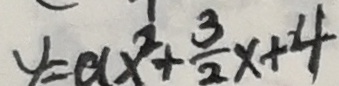
y = a x ^ { 2 } + \frac { 3 } { 2 } x + 4